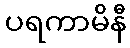
ပရကာမိနီ